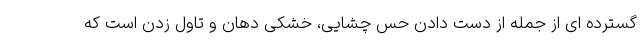
گسترده ای از جمله از دست دادن حس چشایی، خشکی دهان و تاول زدن است که